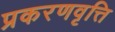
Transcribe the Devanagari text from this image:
प्रकरणवृत्ति